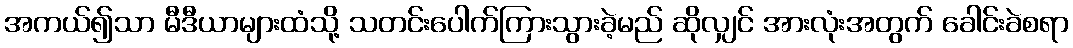
အကယ်၍သာ မီဒီယာများထံသို့ သတင်းပေါက်ကြားသွားခဲ့မည် ဆိုလျှင် အားလုံးအတွက် ခေါင်းခဲစရာ